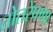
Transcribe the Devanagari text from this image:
तोतरेपणा